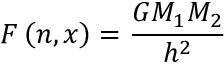
F \left( n , x \right) = \displaystyle \frac { G M _ { 1 } M _ { 2 } } { h ^ { 2 } }